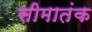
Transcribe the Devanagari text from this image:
सीमातंक